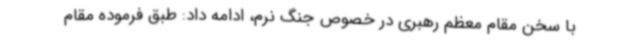
با سخن مقام معظم رهبری در خصوص جنگ نرم، ادامه داد: طبق فرموده مقام